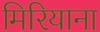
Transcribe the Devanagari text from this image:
मिरियाना